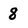
Character: 8